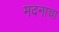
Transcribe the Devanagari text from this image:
मदनाचा